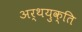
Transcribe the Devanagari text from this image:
अर्थयुक्ति